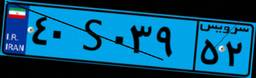
۴۰S۰۳۹۵۲